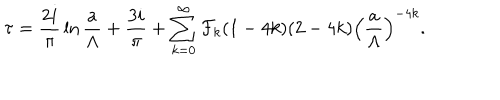
\tau = { \frac { 2 i } { \pi } } \ln { \frac { a } { \Lambda } } + { \frac { 3 i } { \pi } } + \sum _ { k = 0 } ^ { \infty } { \cal F } _ { k } ( 1 - 4 k ) ( 2 - 4 k ) \left( { \frac { a } { \Lambda } } \right) ^ { - 4 k } .